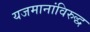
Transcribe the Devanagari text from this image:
यजमानांविरुद्ध